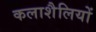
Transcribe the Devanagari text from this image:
कलाशैलियों